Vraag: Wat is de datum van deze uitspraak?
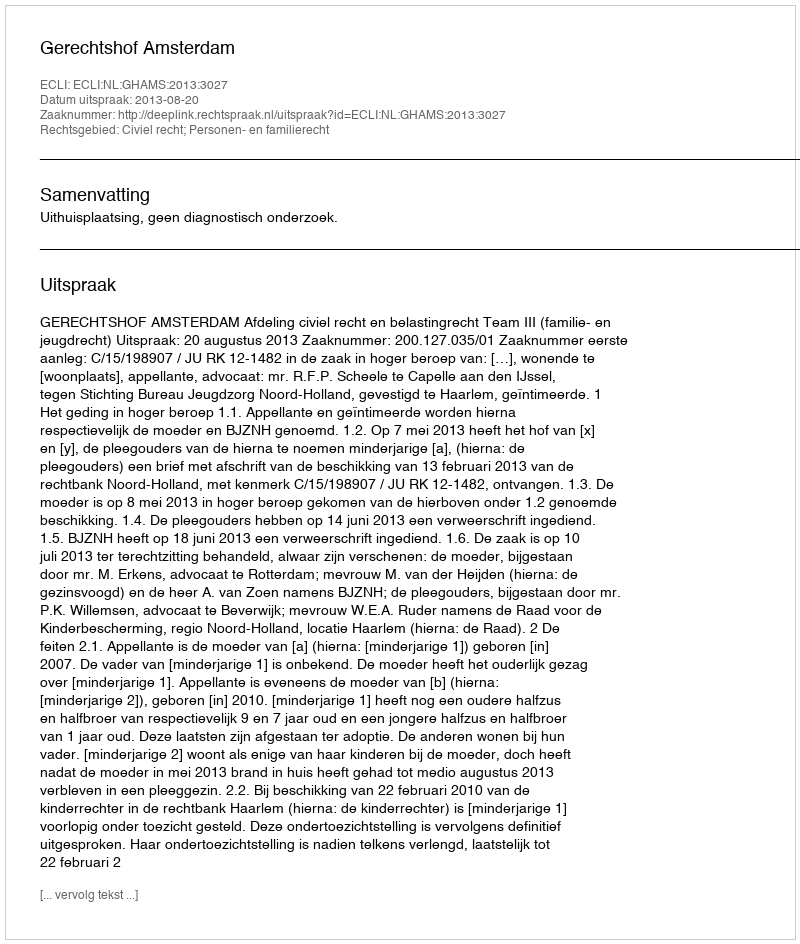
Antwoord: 2013-08-20